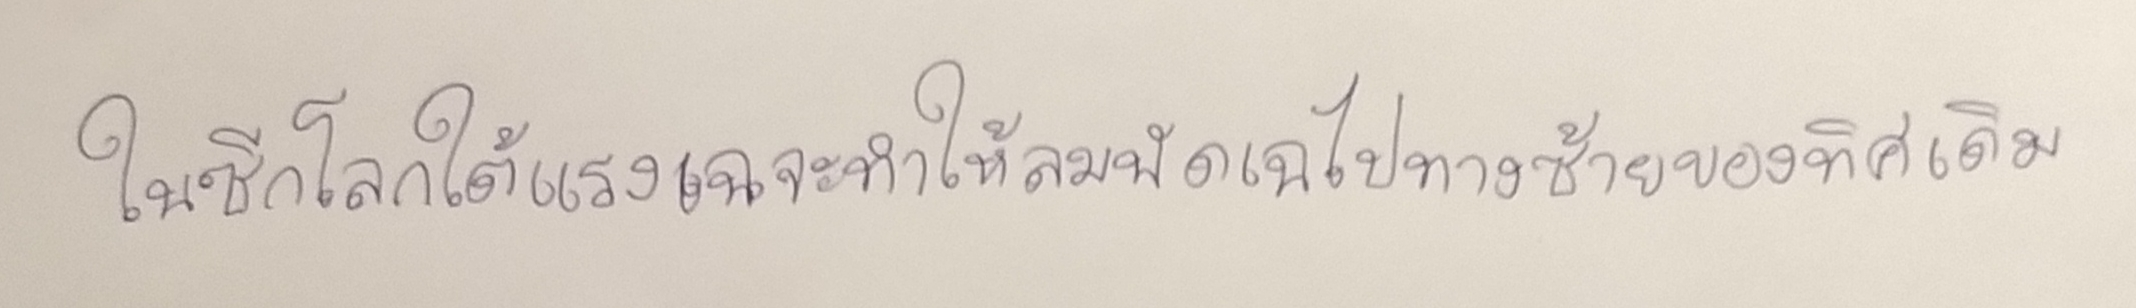
ในซีกโลกใต้แรงเฉจะทำให้ลมพัดเฉไปทางซ้ายของทิศเดิม